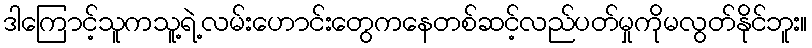
ဒါကြောင့်သူကသူ့ရဲ့လမ်းဟောင်းတွေကနေတစ်ဆင့်လည်ပတ်မှုကိုမလွတ်နိုင်ဘူး။